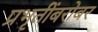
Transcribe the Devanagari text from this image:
प्रभृतींबरोबर